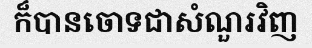
ក៏បានចោទជាសំណួរវិញ